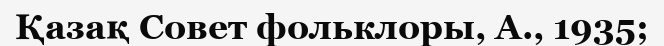
Қазақ Совет фольклоры, А., 1935;